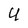
Character: U